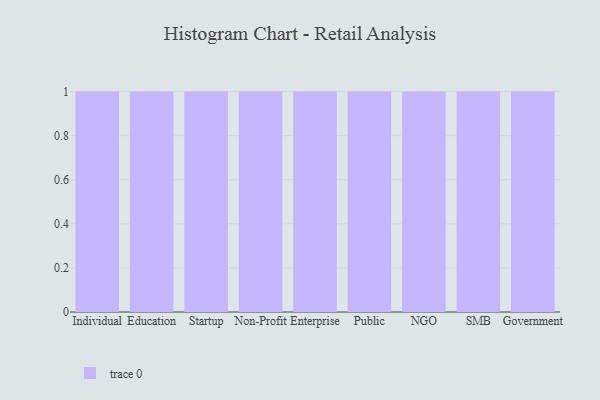
{"axis": {"x": "Segment", "y": "Humidity (%)"}, "legend": [""], "data": [{"x": "Individual", "y": 81, "type": ""}, {"x": "Education", "y": 42, "type": ""}, {"x": "Startup", "y": 20, "type": ""}, {"x": "Non-Profit", "y": 24, "type": ""}, {"x": "Enterprise", "y": 14, "type": ""}, {"x": "Public", "y": 59, "type": ""}, {"x": "NGO", "y": 55, "type": ""}, {"x": "SMB", "y": 53, "type": ""}, {"x": "Government", "y": 55, "type": ""}]}